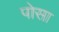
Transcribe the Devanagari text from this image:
पोसा